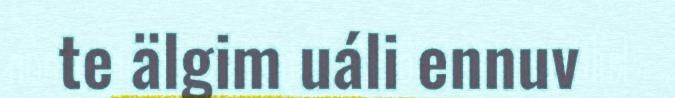
te älgim uáli ennuv